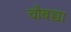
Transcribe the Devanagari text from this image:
चौबच्चा